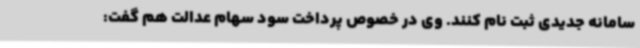
سامانه جدیدی ثبت نام کنند. وی در خصوص پرداخت سود سهام عدالت هم گفت: